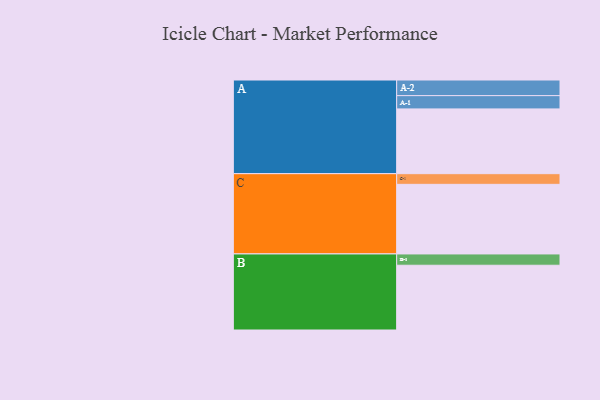
{"axis": {"x": "Segment", "y": "Value"}, "legend": ["", "A", "B", "C"], "data": [{"x": "A", "y": 522, "type": ""}, {"x": "B", "y": 522, "type": ""}, {"x": "C", "y": 561, "type": ""}, {"x": "A-1", "y": 107, "type": "A"}, {"x": "A-2", "y": 126, "type": "A"}, {"x": "B-1", "y": 91, "type": "B"}, {"x": "C-1", "y": 86, "type": "C"}]}